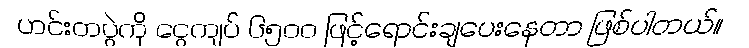
ဟင်းတပွဲကို ငွေကျပ် ၆၅၀၀ ဖြင့်ရောင်းချပေးနေတာ ဖြစ်ပါတယ်။